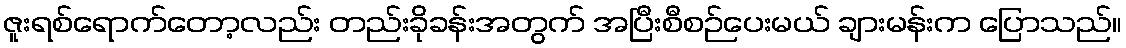
ဇူးရစ်ရောက်တော့လည်း တည်းခိုခန်းအတွက် အပြီးစီစဉ်ပေးမယ် ချားမန်းက ပြောသည်။